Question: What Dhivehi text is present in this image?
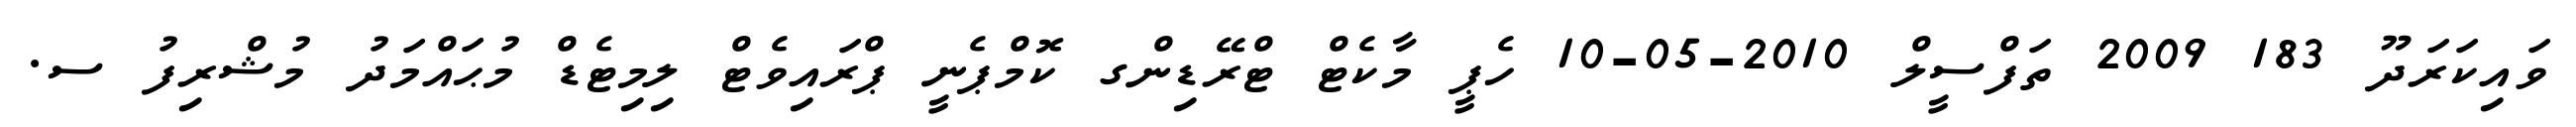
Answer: ވައިކަރަދޫ 183 2009 ތަފްސީލް 2010-05-10 ހެޕީ މާކެޓް ޓްރޭޑިންގ ކޮމްޕެނީ ޕްރައިވެޓް ލިމިޓެޑް މުޙައްމަދު މުޝްރިފު ސ.